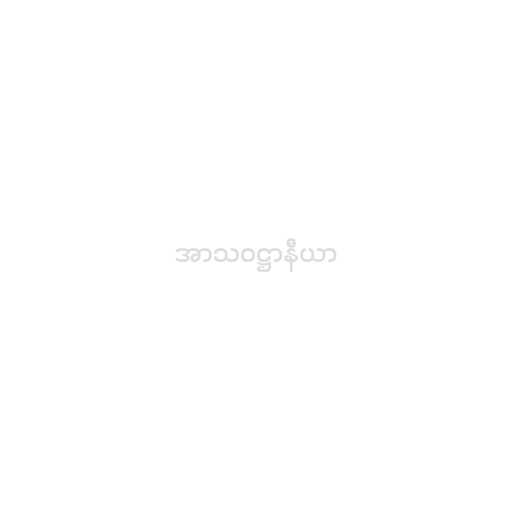
အာသဝဋ္ဌာနီယာ